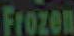
Frozen